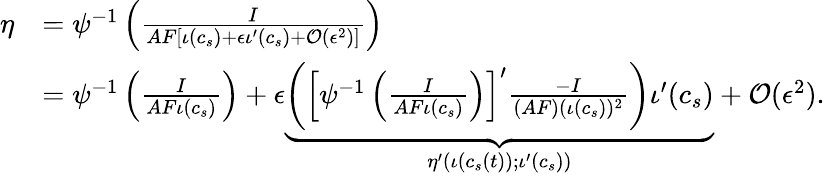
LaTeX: \begin{array}{rl}{\eta}&{=\psi^{-1}\left(\frac{I}{AF\left[\iota(c_{s})+\epsilon\iota^{\prime}(c_{s})+\mathcal{O}(\epsilon^{2})\right]}\right)}\\ &{=\psi^{-1}\left(\frac{I}{AF\iota(c_{s})}\right)+\epsilon\underbrace{\left(\left[\psi^{-1}\left(\frac{I}{AF\iota(c_{s})}\right)\right]^{\prime}\frac{-I}{(AF)(\iota(c_{s}))^{2}}\right)\iota^{\prime}(c_{s})}_{\eta^{\prime}(\iota(c_{s}(t));\iota^{\prime}(c_{s}))}+\mathcal{O}(\epsilon^{2}).}\end{array}